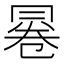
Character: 㒽